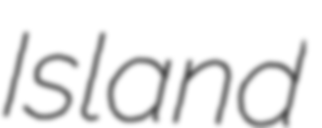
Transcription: Island